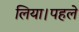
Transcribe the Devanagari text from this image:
लिया।पहले